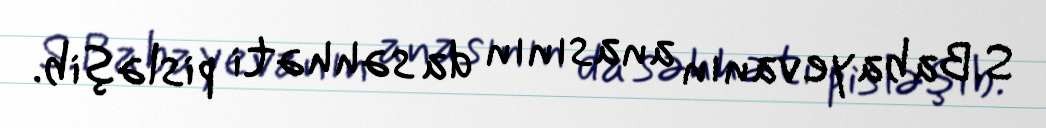
S.Babayevanın anasının da səhhəti pisləşib.